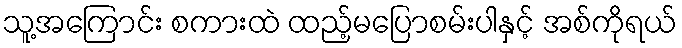
သူ့အကြောင်း စကားထဲ ထည့်မပြောစမ်းပါနှင့် အစ်ကိုရယ်